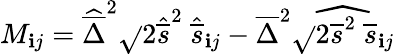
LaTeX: M_{\mathbf{i}j}=\widehat{{\overline{{{\Delta}}}}}^{2}\sqrt{}{{2\widehat{{\overline{{{s}}}}}^{2}}}\ \widehat{{\overline{{{s}}}}}_{\mathbf{i}j}-\overline{{{\Delta}}}^{2}\widehat{{\sqrt{}{{2\overline{{{s}}}^{2}}}\ \overline{{{s}}}_{\mathbf{i}j}}}